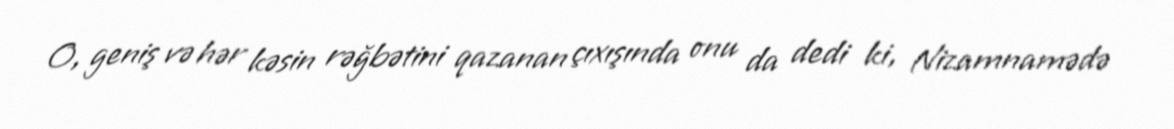
O, geniş və hər kəsin rəğbətini qazanan çıxışında onu da dedi ki, Nizamnamədə